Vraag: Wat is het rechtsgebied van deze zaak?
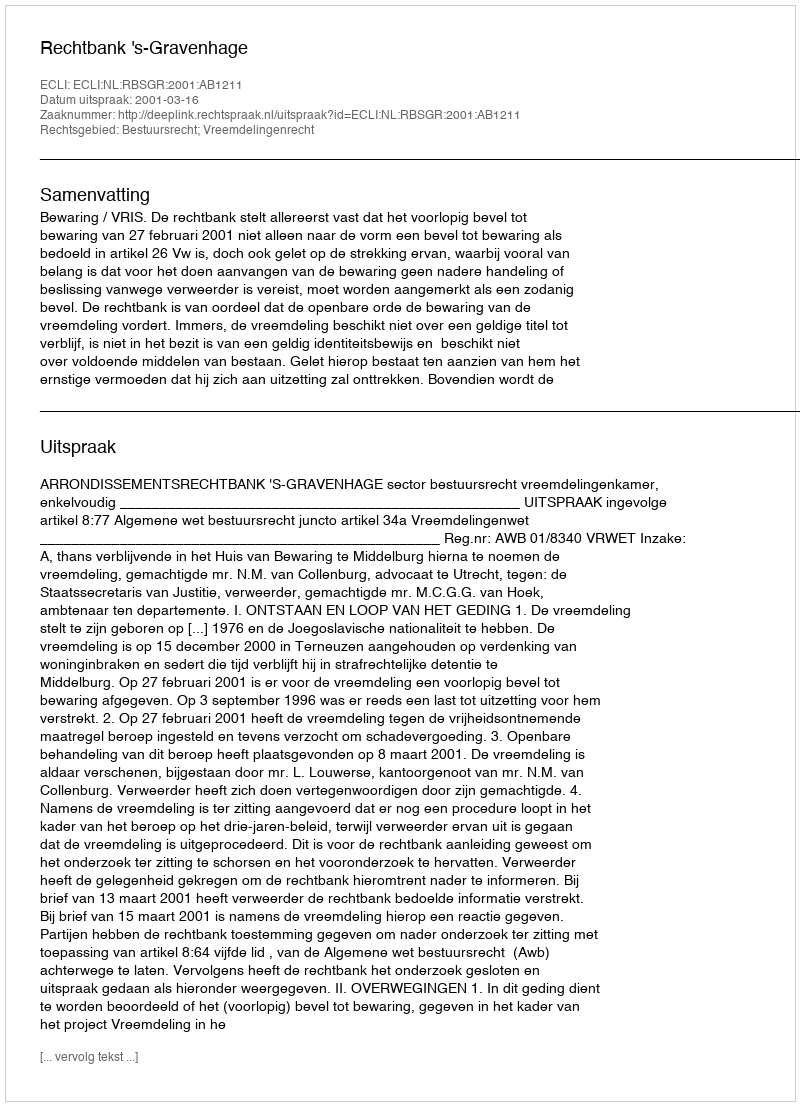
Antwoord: Bestuursrecht; Vreemdelingenrecht